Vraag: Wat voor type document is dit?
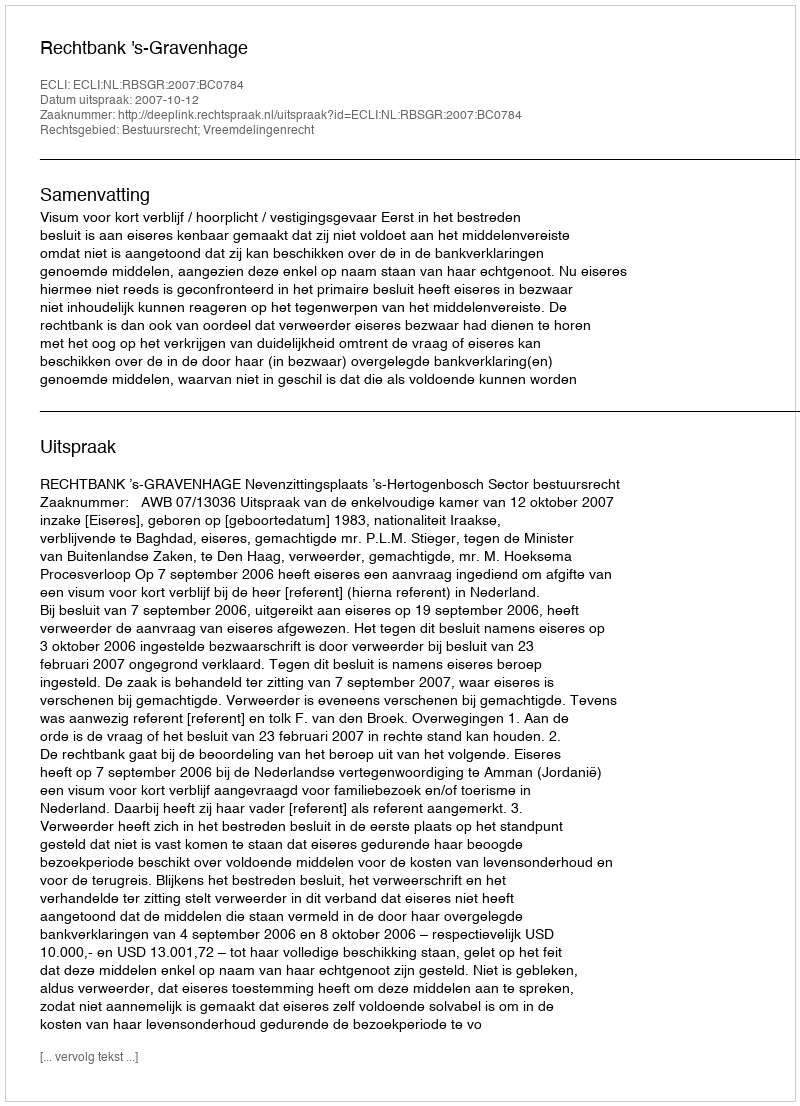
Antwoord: Uitspraak